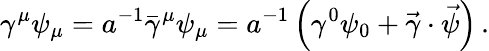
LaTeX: \gamma^{\mu}\psi_{\mu}=a^{-1}\bar{\gamma}^{\mu}\psi_{\mu}=a^{-1}\left(\gamma^{0}\psi_{0}+\vec{\gamma}\cdot\vec{\psi}\right)\, .